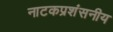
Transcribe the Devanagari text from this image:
नाटकप्रशंसनीय